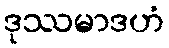
ဒုဿမာဒဟံ